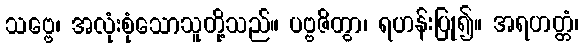
သဗ္ဗေ၊ အလုံးစုံသောသူတို့သည်။ ပဗ္ဗဇိတွာ၊ ရဟန်းပြု၍။ အရဟတ္တံ၊